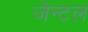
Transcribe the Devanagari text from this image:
जेन्टल